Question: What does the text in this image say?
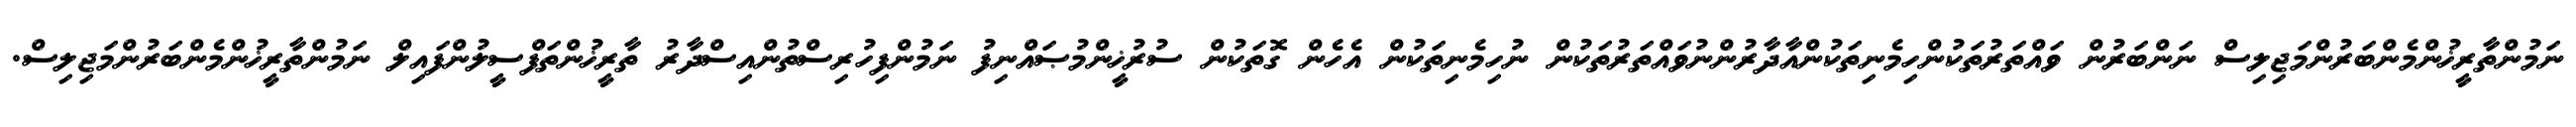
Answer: ނަމުންތާރީޚުންމެންބަރުންމަޖިލިސް ނަންބަރުން ވައްތަރުތަކުންހިމެނިތަކުންއާދާރުންނުވައްތަރުތަކުން ނުހިމެނިތަކުން އެހެން ގޮތަކުން ސުރުޚީންމުޞައްނިފު ނަމުންފިހުރިސްތުންއިސްދާރު ތާރީޚުންތަފްސީލުންފައިލް ނަމުންތާރީޚުންމެންބަރުންމަޖިލިސް.